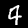
Digit: 4